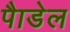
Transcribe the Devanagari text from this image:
पैाडेल